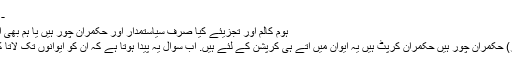
- سچ ٹائمز
ہوم کالم اور تجزیئے کیا صرف سیاستمدار اور حکمران چور ہیں یا ہم بھی اس میں...
(سچ ٹائمز) حکمران چور ہیں حکمران کرپٹ ہیں یہ ایوان میں اتے ہی کرپشن کے لئے ہیں. اب سوال یہ پیدا ہوتا ہے کہ ان کو ایوانوں تک لاتا کون ہے ؟